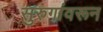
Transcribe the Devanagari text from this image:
सुरुंगांवरून